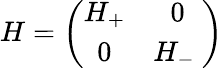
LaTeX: H=\left(\begin{array}{cc}{{H_{+}}}&{{0}}\\ {{0}}&{{H_{-}\ }}\end{array}\right)